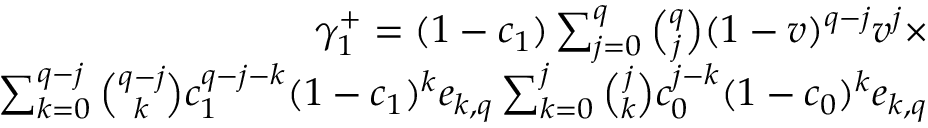
\begin{array} { r } { \gamma _ { 1 } ^ { + } = ( 1 - c _ { 1 } ) \sum _ { j = 0 } ^ { q } { \binom { q } { j } } ( 1 - v ) ^ { q - j } v ^ { j } \times } \\ { \sum _ { k = 0 } ^ { q - j } { \binom { q - j } { k } } c _ { 1 } ^ { q - j - k } ( 1 - c _ { 1 } ) ^ { k } e _ { k , q } \sum _ { k = 0 } ^ { j } { \binom { j } { k } } c _ { 0 } ^ { j - k } ( 1 - c _ { 0 } ) ^ { k } e _ { k , q } } \end{array}